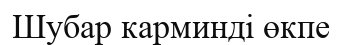
Шубар карминді өкпе